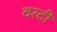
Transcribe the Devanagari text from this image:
वरदी